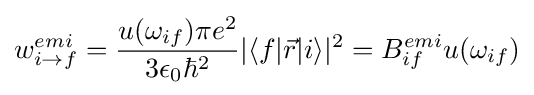
w_{i\rightarrow f}^{emi}={\frac {u(\omega _{if})\pi e^{2}}{3\epsilon _{0}\hbar ^{2}}}|\langle f|{\vec {r}}|i\rangle |^{2}=B_{if}^{emi}u(\omega _{if})